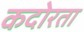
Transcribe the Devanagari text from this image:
कदोरता